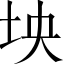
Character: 坱